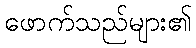
ဖောက်သည်များ၏